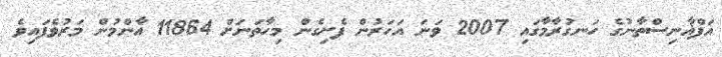
އަފްޣާނިސްތާނުގެ ހަނގުރާމާގައި 2007 ވަނަ އަހަރުން ފެށިގެން މިހާތަނަށް 11864 އާންމުން މަރުވެފައިވެ